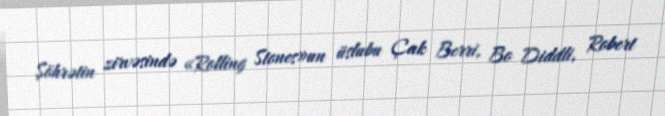
Şöhrətin zirvəsində «Rolling Stones»un üslubu Çak Berri, Bo Diddli, Robert